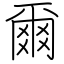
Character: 爾